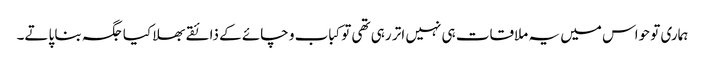
ہماری تو حواس میں یہ ملاقات ہی نہیں اتر رہی تھی توکباب و چائے کے ذائقے بھلا کیا جگہ بنا پاتے۔